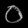
Digit: ၀